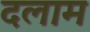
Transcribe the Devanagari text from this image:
दलाम